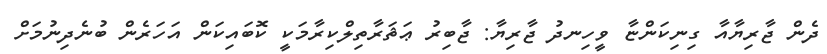
ދެން ޖާރިޔާއާ ގިނިކަންޏާ ވީހިނދު ޖާރިޔާ: ޖާބިރު ޢަޘަރާތިލްކިރާމަކީ ކޮބައިކަން އަހަރެން ބުނެދިނުމަށް